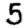
Digit: 5